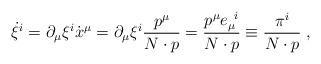
LaTeX: \begin{align*}\dot \xi^i = \partial_\mu \xi^i \dot x^\mu = \partial_\mu \xi^i \frac{p^\mu}{N \cdot p} = \frac{p^\mu e_\mu^{\;\; i}}{N \cdot p} \equiv \frac{\pi^i}{N \cdot p} \; ,\end{align*}